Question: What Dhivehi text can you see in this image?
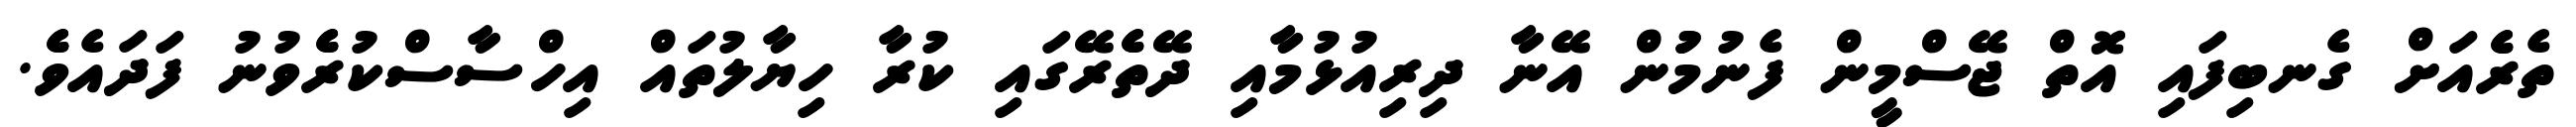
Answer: ތެރެެއަށް ގެނބިފައި އޮތް ޖޭސްމީން ފެނުމުުން އޭނާ ދިރިއުޅުމާއި ދޭތެެރޭގައި ކުރާ ހިޔާލުތައް އިހްސާސްކުރެެވުނު ފަދައެވެެ.